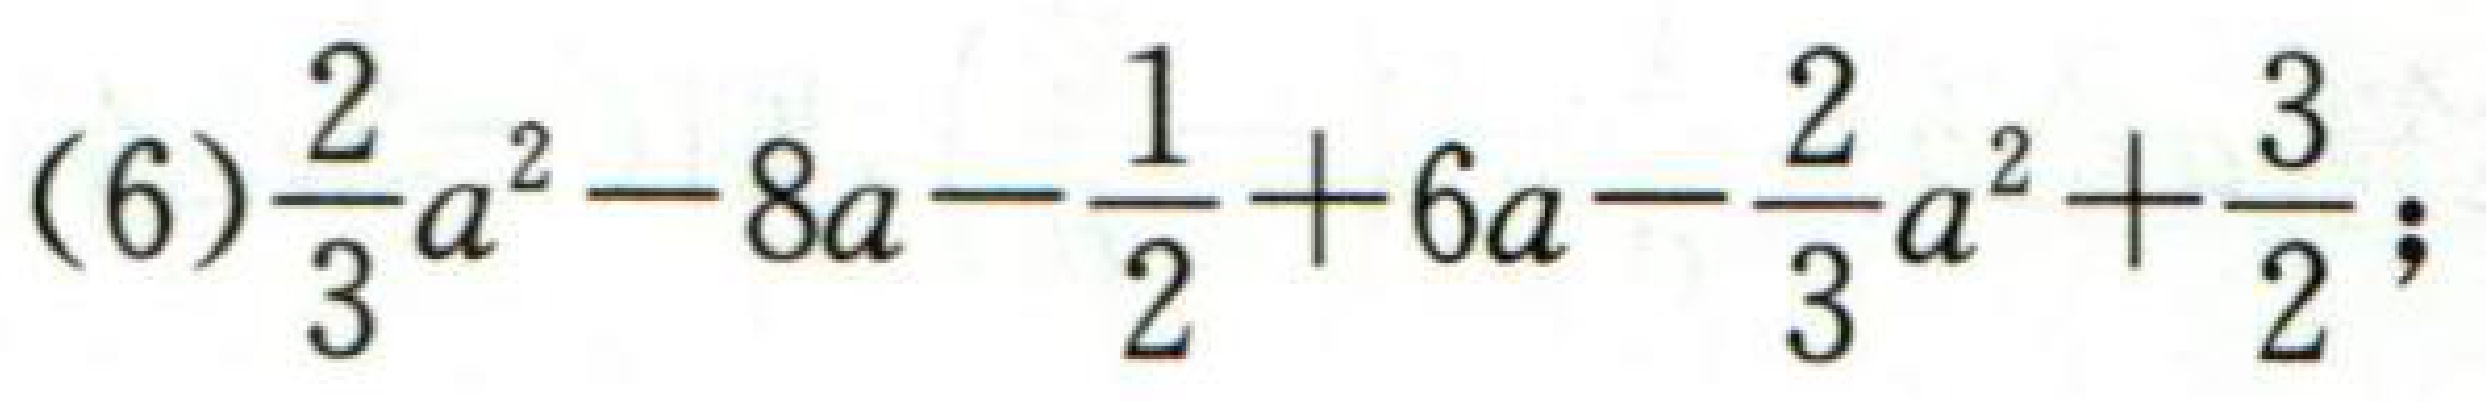
(6)\(\dfrac{2}{3}a^{2}-8a-\dfrac{1}{2}+6a-\dfrac{2}{3}a^{2}+\dfrac{3}{2};\)